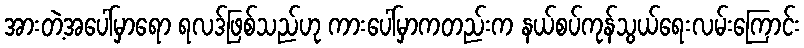
အားတဲ့အပေါ်မှာရော ရလဒ်ဖြစ်သည်ဟု ကားပေါ်မှာကတည်းက နယ်စပ်ကုန်သွယ်ရေးလမ်းကြောင်း